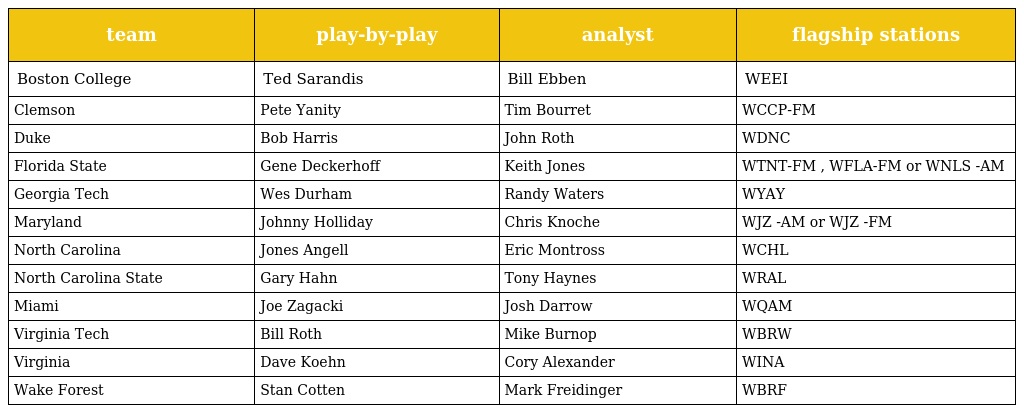
| team | play-by-play | analyst | flagship stations |
 | --- | --- | --- | --- |
 | Boston College | Ted Sarandis | Bill Ebben | WEEI |
 | Clemson | Pete Yanity | Tim Bourret | WCCP-FM |
 | Duke | Bob Harris | John Roth | WDNC |
 | Florida State | Gene Deckerhoff | Keith Jones | WTNT-FM , WFLA-FM or WNLS -AM |
 | Georgia Tech | Wes Durham | Randy Waters | WYAY |
 | Maryland | Johnny Holliday | Chris Knoche | WJZ -AM or WJZ -FM |
 | North Carolina | Jones Angell | Eric Montross | WCHL |
 | North Carolina State | Gary Hahn | Tony Haynes | WRAL |
 | Miami | Joe Zagacki | Josh Darrow | WQAM |
 | Virginia Tech | Bill Roth | Mike Burnop | WBRW |
 | Virginia | Dave Koehn | Cory Alexander | WINA |
 | Wake Forest | Stan Cotten | Mark Freidinger | WBRF |